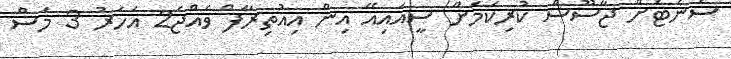
ސެނެޓަށް ޖާސޫސް ކުރިކަމަށް ސީއައިއޭ އިން އިއުތިރާފް ވެއްޖެ2 އަހަރު 3 މަސް